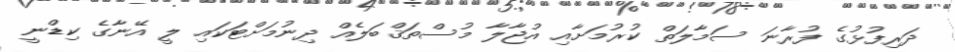
ދަރިފުޅުގެ ފުރާނަ ސަމާލަތް ކުރުމަށާއި އުޖާލާ މުސްތަޤްބަލެއް ދިނުމަށްޓަކައި ލީ އޭނާގެ ކިޑްނީ